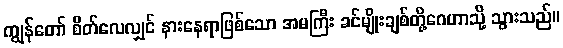
ကျွန်တော် စိတ်လေလျှင် နားနေရာဖြစ်သော အမကြီး ခင်မျိုးချစ်တို့ဂေဟာသို့ သွားသည်။